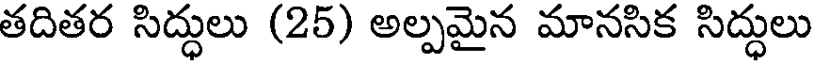
తదితర సిద్ధులు (25) అల్పమైన మానసిక సిద్ధులు